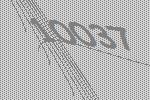
10037